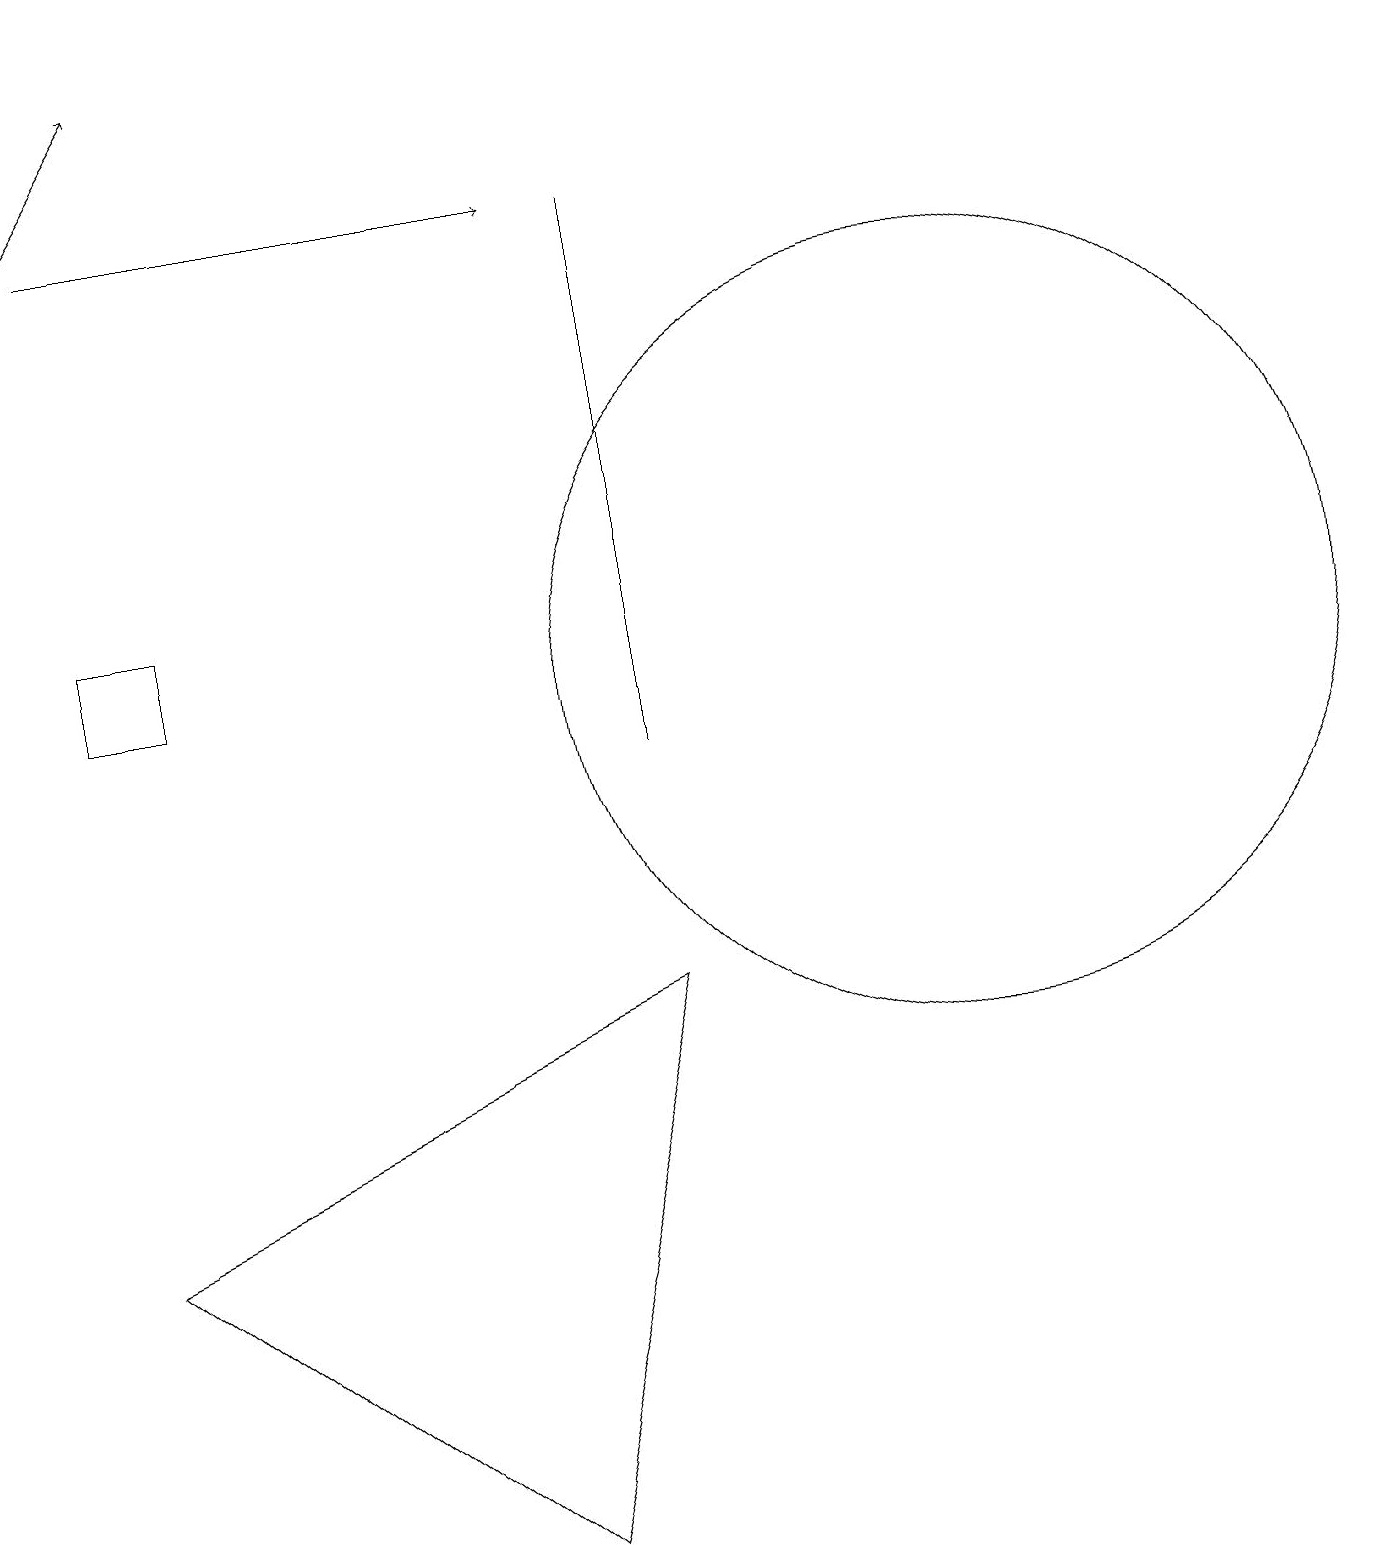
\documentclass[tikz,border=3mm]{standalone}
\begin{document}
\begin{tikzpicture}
\draw[->] (1,17) -- (7,17);
\draw (6,0) -- (8,7) -- (1,4) -- cycle;
\draw (12,11) circle (5);
\draw[->] (0,16) -- (2,19);
\draw (1,12) rectangle (2,11);
\draw (8,17) rectangle (8,10);
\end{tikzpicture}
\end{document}